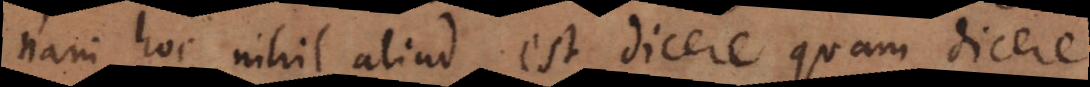
nam hoc nihil aliud est dicere quam dicere